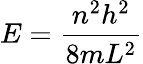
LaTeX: E=\frac{n^{2}h^{2}}{8mL^{2}}